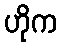
ဟိုက